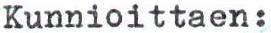
Kunnioittaen: